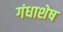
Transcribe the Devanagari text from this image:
गंधाशेष